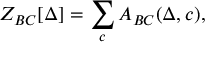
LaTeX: Z _ { B C } [ \Delta ] = \sum _ { c } A _ { B C } ( \Delta , c ) ,